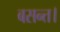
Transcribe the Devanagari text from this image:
बसन्त।